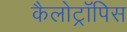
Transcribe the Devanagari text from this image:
कैलोट्रॉपिस